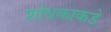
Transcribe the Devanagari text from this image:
शोधकाकडे